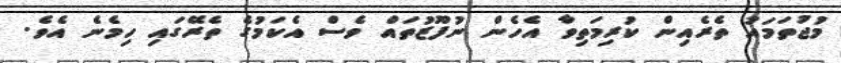
މުޖުތަމައު ތެރެއިން ކުރިމަތިވާ އެހެން ނުފޫޒުތައް ވެސް އެކަމުގެ ތެރޭގައި ހިމެނެ އެވެ.